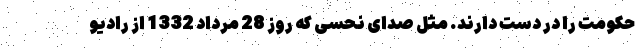
حکومت را در دست دارند. مثل صدای نحسی که روز 28 مرداد 1332 از رادیو